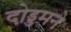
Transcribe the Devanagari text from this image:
दो़ड्डमने